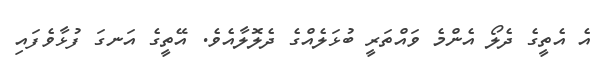
އެ އެތީގެ ދެލޯ އެންމެ ވައްތަރީ ބުޅަލެއްގެ ދެލޮލާއެވެ. އޭތީގެ އަނގަ ފުޅާވެފައި